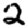
Digit: 2